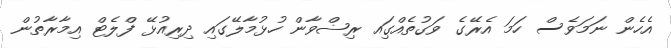
އެހެން ނަމަވެސް ހަމަ އެރޭގެ ވަގުތެއްގަިއ ރިޟްވާން ހުޅުމާލޭގައި ދިރިއުޅޭ ފްލެޓް އިމާރާތުން